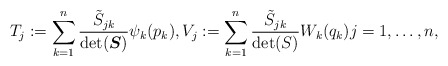
\begin{align*} T_j:=\sum_{k=1}^n\frac{ \tilde{S}_{jk}}{\det (\boldsymbol{S})} \psi_k(p_k) , V_j:=\sum_{k=1}^n\frac{ \tilde{S}_{jk}}{\det (S)} W_k(q_k) j=1,\dots,n ,\end{align*}